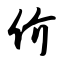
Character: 价